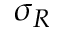
\sigma _ { R }